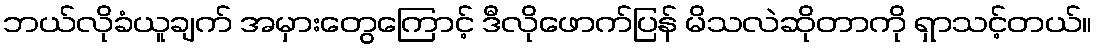
ဘယ်လိုခံယူချက် အမှားတွေကြောင့် ဒီလိုဖောက်ပြန် မိသလဲဆိုတာကို ရှာသင့်တယ်။